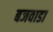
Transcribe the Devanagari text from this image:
बजवाडा